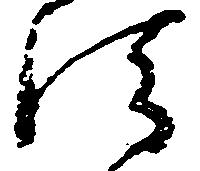
法